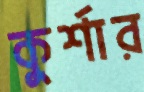
কুর্শার